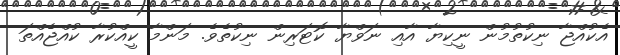
އެކުއްޖާ ނިކުތުމުން ނީކިޔާ އާއި ނަވްޔާ ކޮޓަރިން ނިކުތެވެ. މަންމާ ކީއްކުރާ ކުއްޖެއްތަ